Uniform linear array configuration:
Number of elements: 48
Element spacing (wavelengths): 0.5
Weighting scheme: blackman
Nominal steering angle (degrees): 15
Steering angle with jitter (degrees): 14.946
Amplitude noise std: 0.05
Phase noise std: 0.05

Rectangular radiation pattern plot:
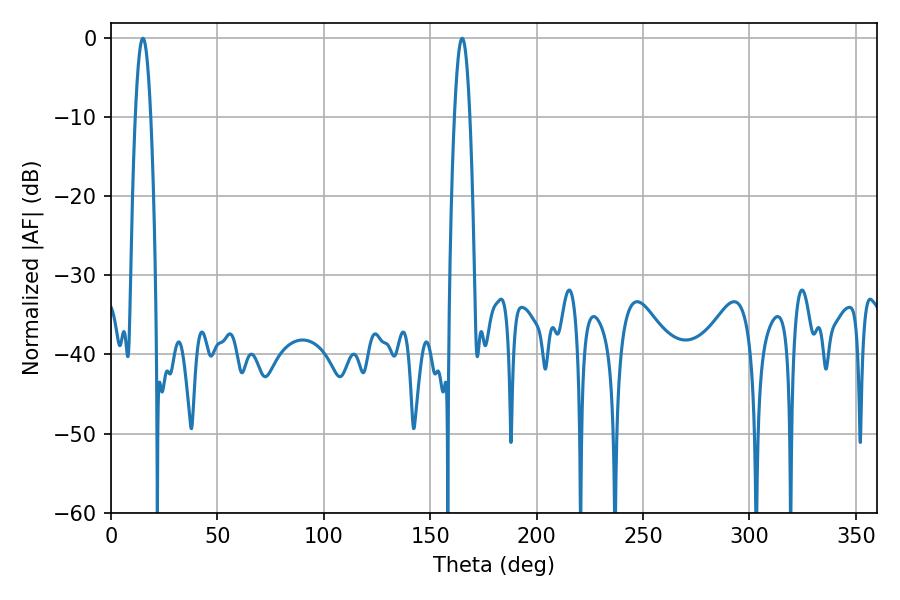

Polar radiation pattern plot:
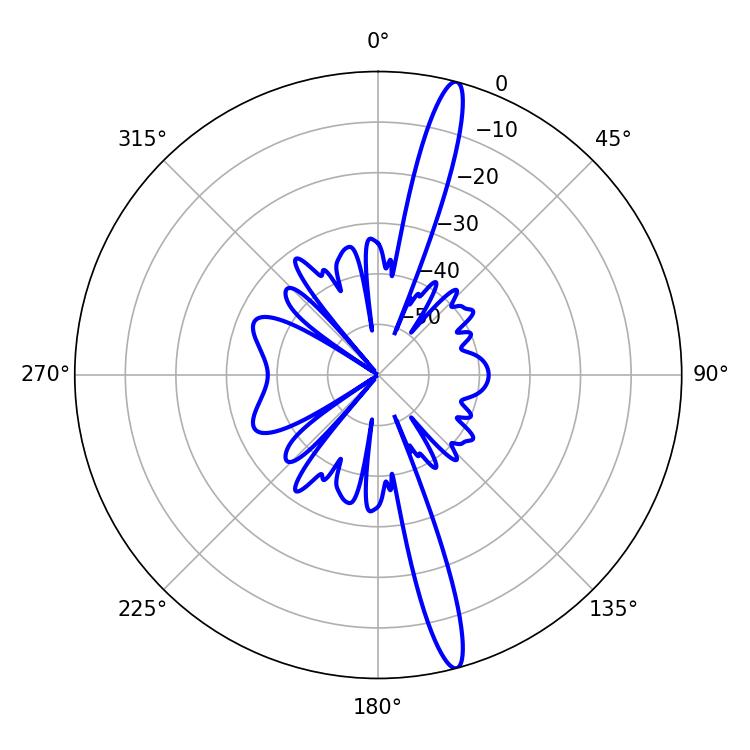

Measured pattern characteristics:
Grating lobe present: FALSE
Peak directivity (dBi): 17.12
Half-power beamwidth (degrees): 3.96
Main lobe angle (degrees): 14.94